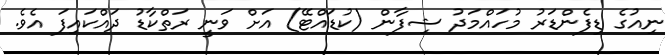
ނިއުގެ ޑިފެންޑަރު މުހައްމަދު ޝިފާން (ކުޑައްޓޭ) އަށް ވަނީ ރަތްކާޑު ދައްކައިފަ އެވެ.